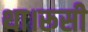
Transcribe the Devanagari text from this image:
था।रूसी